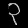
Digit: ၃